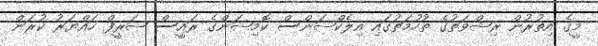
މީގެ އިތުރުން ރިޝްވަތުގެ ތުހުމަތުގައި އިލެކްޝަންސް ކޮމިޝަންގެ ރައީސް ޝަރީފް ހައްޔަރު ކުރަން